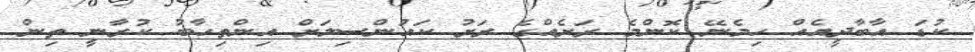
ކުޑަ އާބާދީއެއް ހިމެނޭ ކޮންމެ ރަށެއްގެ ރަށު ކައުންސިލަށް އިންތިހާބު ކުރާނީ ތިން